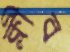
ক্লীব